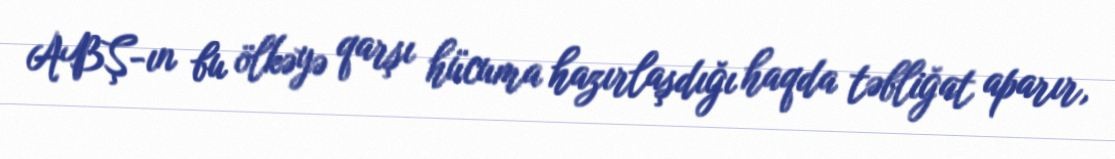
ABŞ-ın bu ölkəyə qarşı hücuma hazırlaşdığı haqda təbliğat aparır,